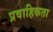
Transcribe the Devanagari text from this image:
प्रवाहिकता